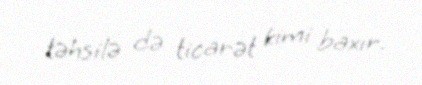
təhsilə də ticarət kimi baxır.